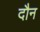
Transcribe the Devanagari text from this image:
दौन